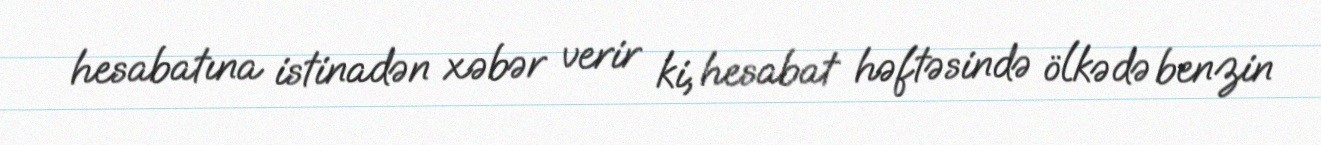
hesabatına istinadən xəbər verir ki, hesabat həftəsində ölkədə benzin